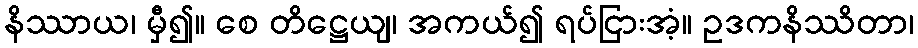
နိဿာယ၊ မှီ၍။ စေ တိဋ္ဌေယျ၊ အကယ်၍ ရပ်ငြားအံ့။ ဥဒကနိဿိတာ၊